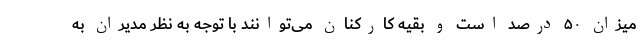
میزان ۵۰ درصد است و بقیه کارکنان می‌توانند با توجه به نظر مدیران به